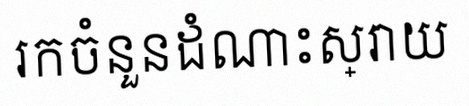
រកចំនួនដំណោះស្រាយ